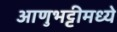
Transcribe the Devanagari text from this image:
आणुभट्टीमध्ये